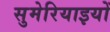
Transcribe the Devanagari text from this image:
सुमेरियाइयों